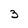
Character: 3